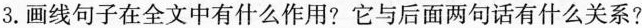
3.画线句子在全文中有什么作用?它与后面两句话有什么关系?